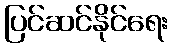
ပြင်ဆင်နိုင်ရေး